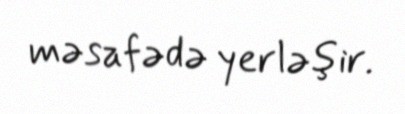
məsafədə yerləşir.